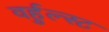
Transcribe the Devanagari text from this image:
वर्हुल्स्ट